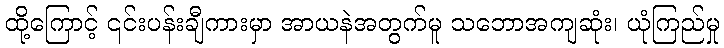
ထို့ကြောင့် ၎င်းပန်းချီကားမှာ အာယနဲအတွက်မူ သဘောအကျဆုံး၊ ယုံကြည်မှု